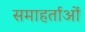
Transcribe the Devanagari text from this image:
समाहर्ताओं